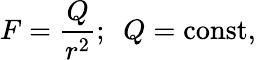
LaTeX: F={\frac{Q}{r^{2}}};~~Q=\mathrm{const},